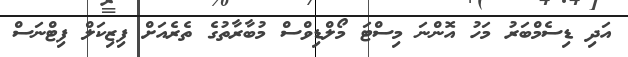
އަދި ޑިސެމްބަރު މަހު އޮންނަ މިސްޓަ މޯލްޑިވްސް މުބާރާތުގެ ތެރެއަށް ފިޒިކަލް ފިޓްނަސް